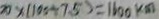
2 0 \times ( 1 0 5 \div 7 . 5 ) = 1 6 0 0 k m